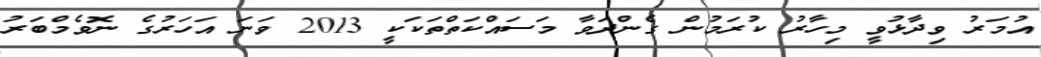
އުމަރު ވިދާޅުވީ މިހާރު ކުރަމުން ގެންދަވާ މަސައްކަތްތަކަކީ 2013 ވަނަ އަހަރުގެ ނޮވެމްބަރު